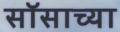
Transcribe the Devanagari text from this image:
सॉसाच्या